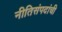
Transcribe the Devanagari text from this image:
नीतिसंपदांची